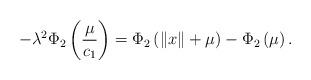
LaTeX: \begin{align*}-\lambda^{2}\Phi_{2}\left(\frac{\mu}{c_{1}}\right) & =\Phi_{2}\left(\left\Vert x\right\Vert +\mu\right)-\Phi_{2}\left(\mu\right).\end{align*}